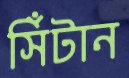
সিঁটান